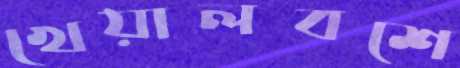
খেয়ালবশে